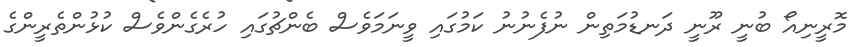
މޮރީނިއޯ ބުނީ ރޫނީ ދަނޑުމަތިން ނުފެނުނު ކަމުގައި ވީނަމަވެސް ބެންޗުގައި ހުރެގެންވެސް ކުޅުންތެރީންގެ